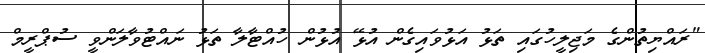
"ރައްޔިތުންގެ މަޖިލީހުގައި ތަޅު އަޅުވައިގެން އުޅޭ އުޅުން ހުއްޓާލާ ތަޅު ނައްޓުވާލަންވީ ސުޕްރީމް